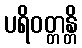
ပရိဝတ္တန္တိ